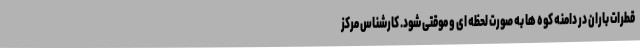
قطرات باران در دامنه کوه ها به صورت لحظه ای و موقتی شود. کارشناس مرکز